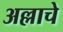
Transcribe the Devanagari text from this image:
अल्लाचे